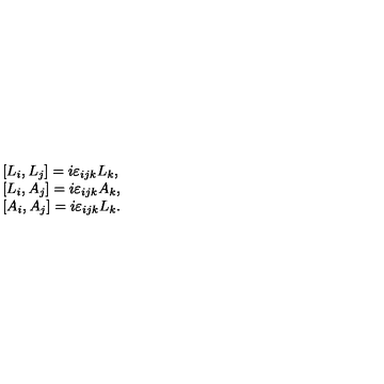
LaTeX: \begin{array} { l } { [ L _ { i } , L _ { j } ] = i \varepsilon _ { i j k } L _ { k } , } \\ { { [ } L _ { i } , A _ { j } ] = i \varepsilon _ { i j k } A _ { k } , } \\ { { [ } A _ { i } , A _ { j } ] = i \varepsilon _ { i j k } L _ { k } . } \\ \end{array}